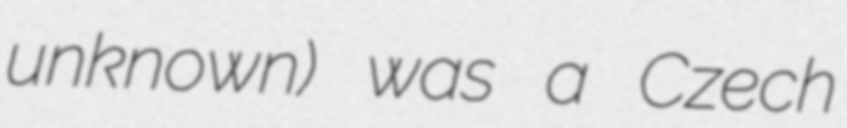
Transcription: unknown) was a Czech